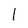
Character: 1